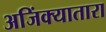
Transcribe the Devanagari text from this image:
अजिंक्यातारा